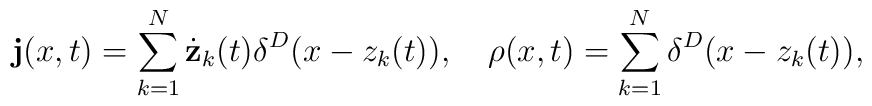
{\bf j}(x,t) = \sum_{k=1}^N \dot{\bf z}_k(t) \delta^D(x-z_k(t)),~~~ \rho(x,t) = \sum_{k=1}^N \delta^D(x-z_k(t)),